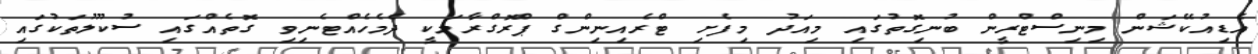
އެޑިއުކޭޝަން މިނިސްޓްރީން ބުނިގޮތުގައި މިއަދު މިފެށި ޓްރެއިނިންގް ޕްރޮގްރާމަކީ ދެމެހެއްޓެނިވި ގޮތެއްގައި ސުކޫލުތަކުގައި